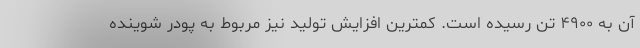
آن به ۴۹۰۰ تن رسیده است. کمترین افزایش تولید نیز مربوط به پودر شوینده